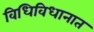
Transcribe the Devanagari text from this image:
विधिविधानात